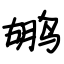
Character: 鹕